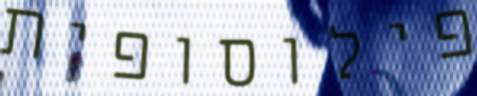
פילוסופית